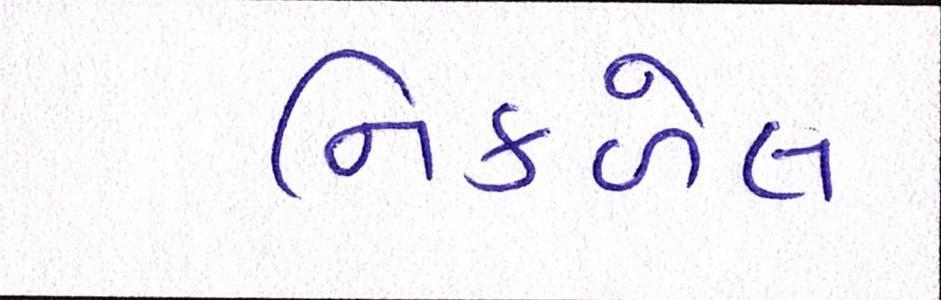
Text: નિકળેલ